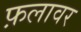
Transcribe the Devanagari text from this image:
फ़लावर